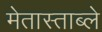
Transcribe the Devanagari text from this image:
मेतास्ताब्ले